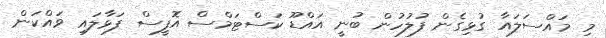
މި މައްސަލައާ ގުޅިގެން ފުލުހުން ބުނީ އައްޑޫ ކަސްޓަމްސް އޮފީސް ފަޅާލައި ވައްކަން